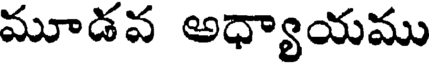
మూడవ అధ్యాయము